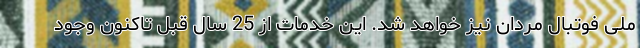
ملی فوتبال مردان نیز خواهد شد. این خدمات از 25 سال قبل تاکنون وجود